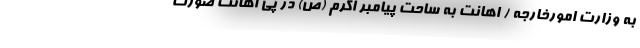
به وزارت امورخارجه / اهانت به ساحت پیامبر اکرم (ص) در پی اهانت صورت